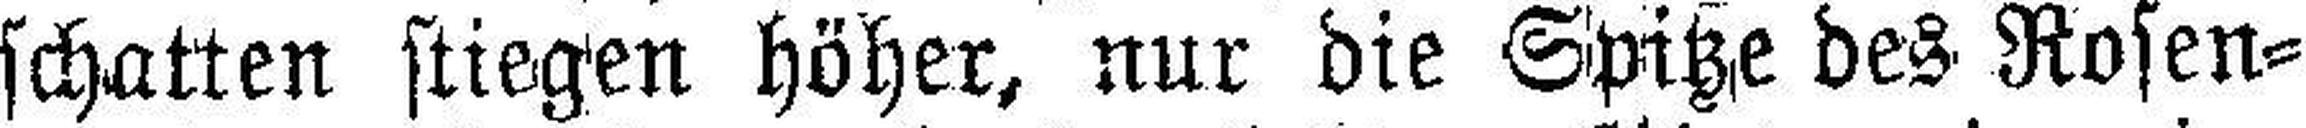
schatten stiegen höher, nur die Spitze des Rosen¬